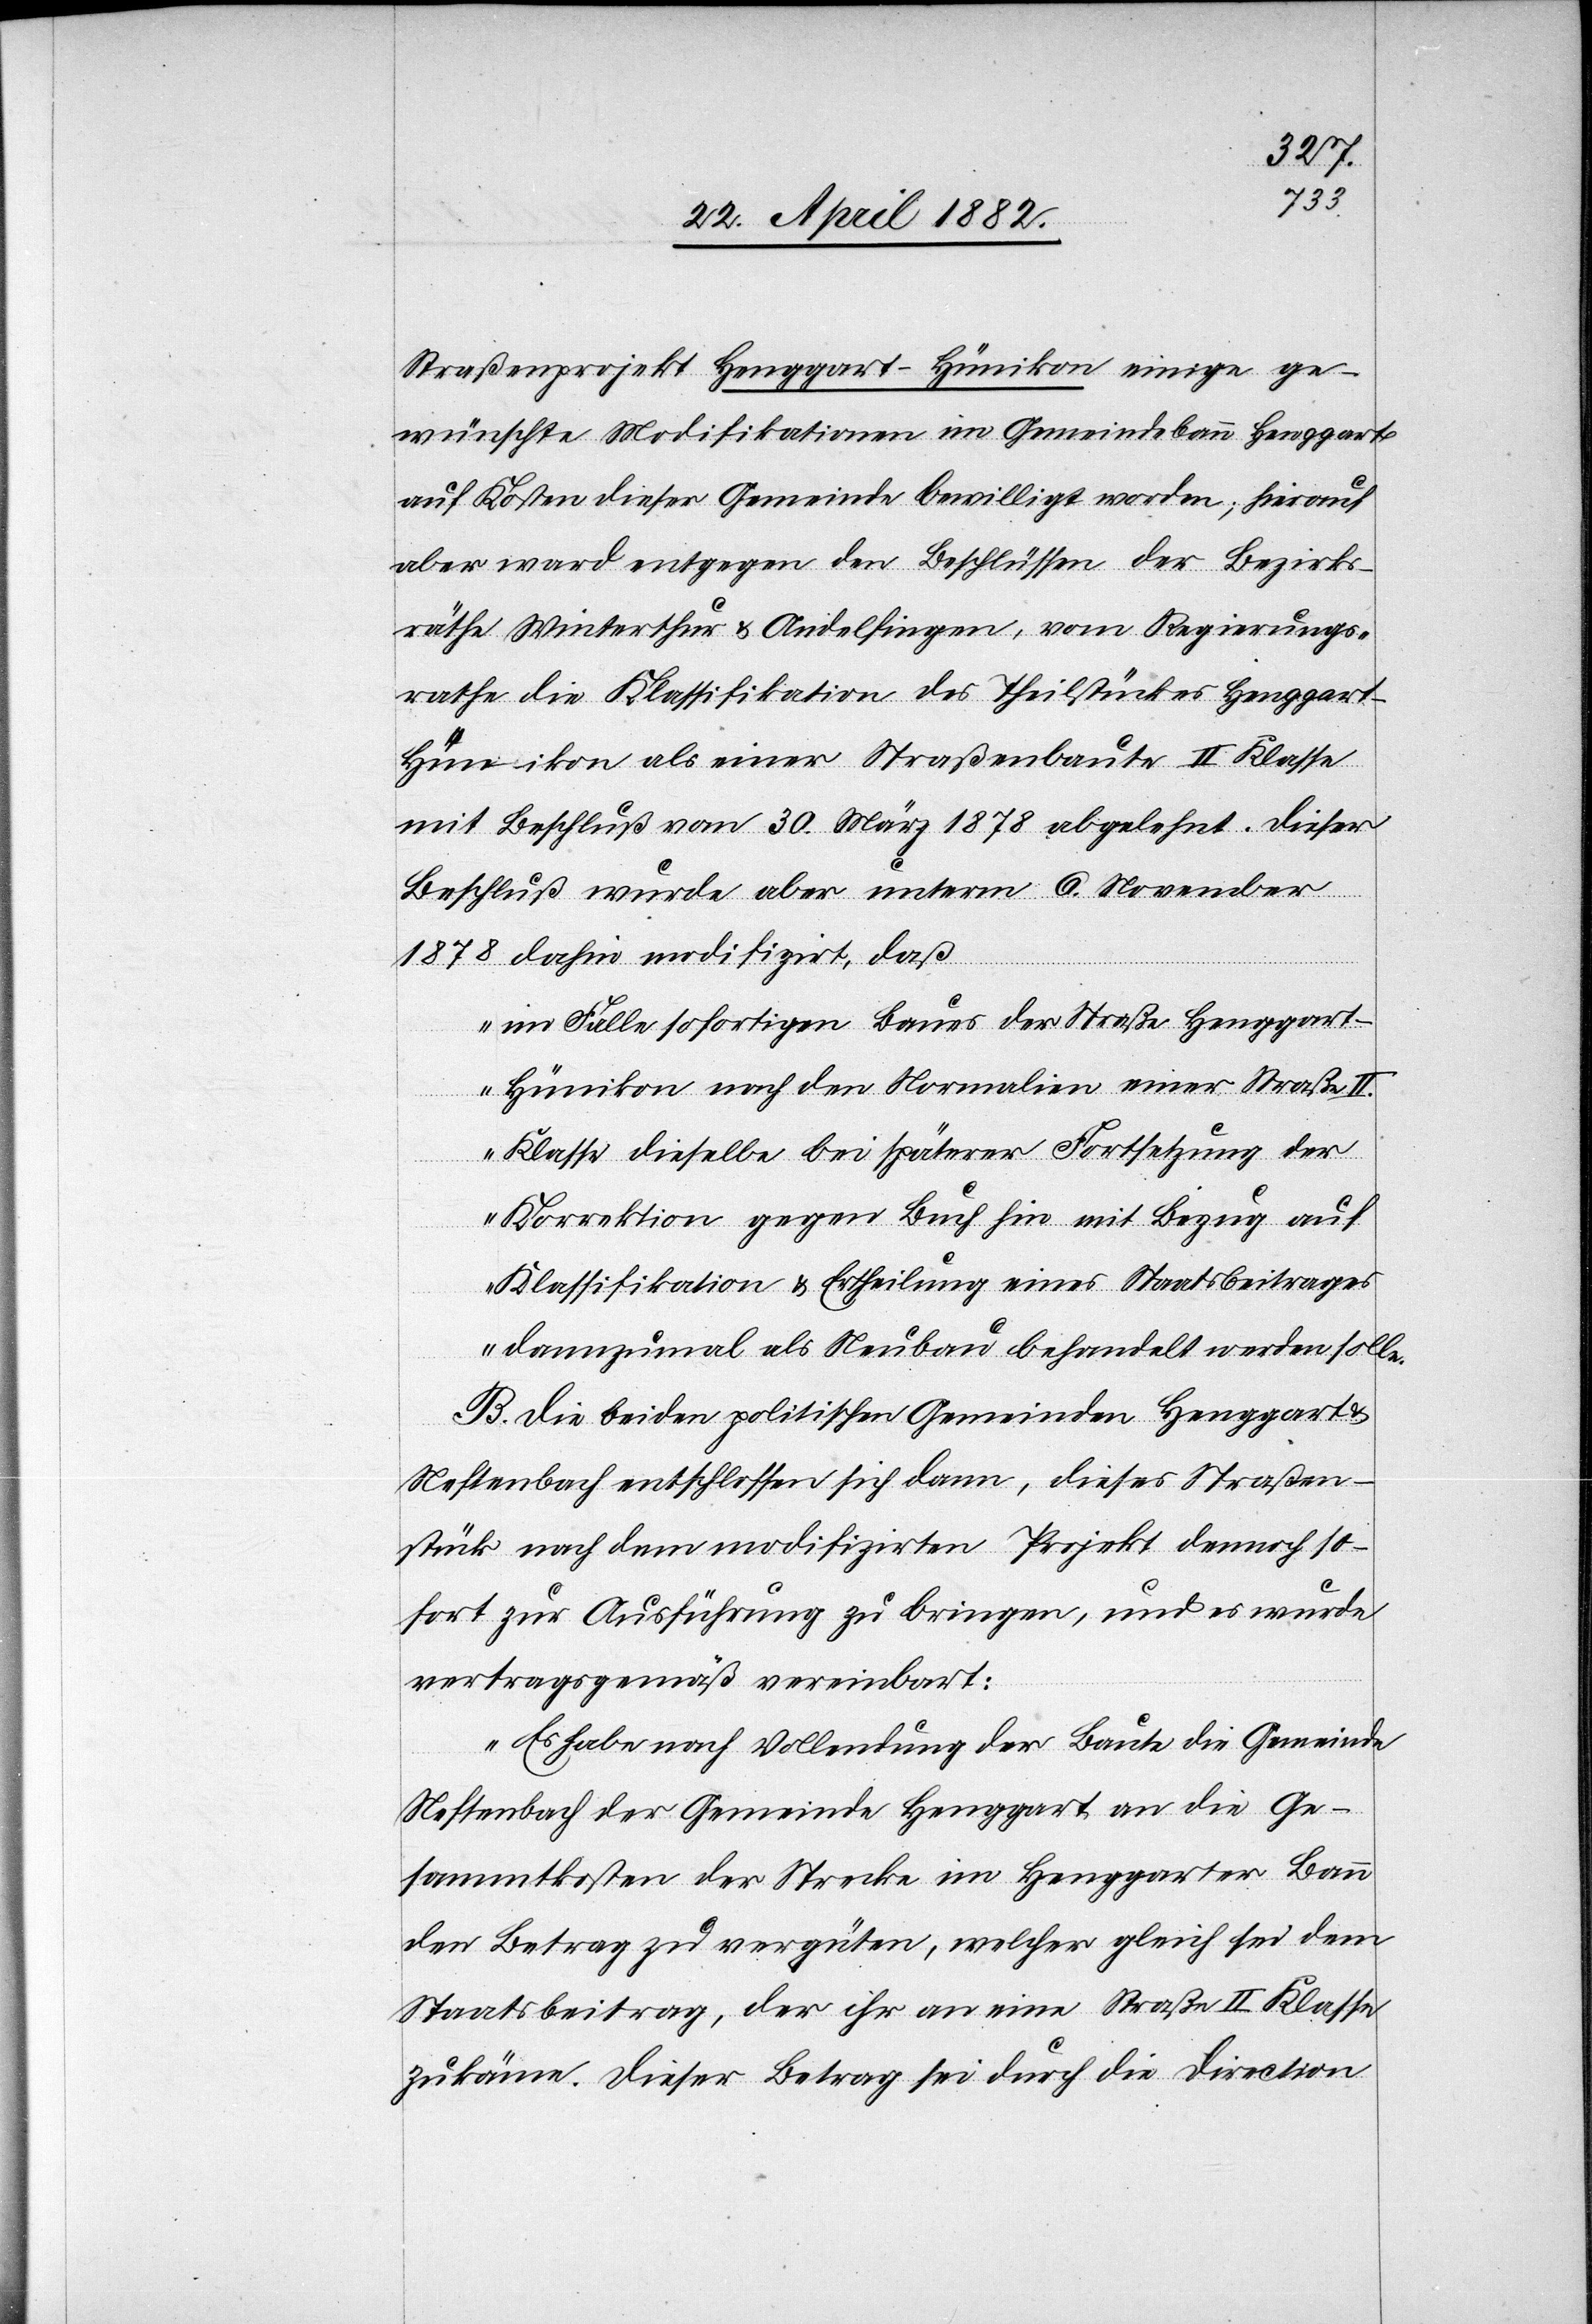
Straßenprojekt Henggart–Hünikon einige ge¬
wünschte Modifikationen im Gemeindebann Henggart
auf Kosten dieser Gemeinde bewilligt worden; hierauf
aber ward entgegen den Beschlüssen der Bezirks¬
räthe Winterthur & Andelfingen, vom Regierungs¬
rathe die Klassifikation des Theilstückes Henggart–H¬
ünikon als einer Straßenbaute II. KIasse
mit Beschluß vom 20. März 1878 abgelehnt. Dieser
Beschluß wurde aber unterm 6. November
1878 dahin modifizirt, daß
„im Falle sofortigen Baues der Straße Henggar¬
t–Hünikon nach den Normalien einer Straße II.
Klasse dieselbe bei späterer Fortsetzung der
Korrektion gegen Buch hin mit Bezug auf
Klassifikation & Ertheilung eines Staatsbeitrages
dannzumal als Neubau behandelt werden solle.“
B. Die beiden politischen Gemeinden Henggart
Neftenbach entschlossen sich dann, dieses Straßen¬
stück nach dem modifizirten Projekt dennoch so¬
fort zur Ausführung zu bringen, und es wurde
vertragsgemäß vereinbart:
„Es habe nach Vollendung der Baute die Gemeinde
Neftenbach der Gemeinde Henggart an die Ge¬
sammtkosten der Strecke im Henggarter Bann
den Betrag zu vergüten, welcher gleich sei dem
Staatsbeitrag, der ihr an eine Straße II. Klasse
zukäme. Dieser Betrag sei durch die Direction